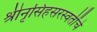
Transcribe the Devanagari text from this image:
श्रीनृसिंहसरस्वतींचे